Indian Medical Review
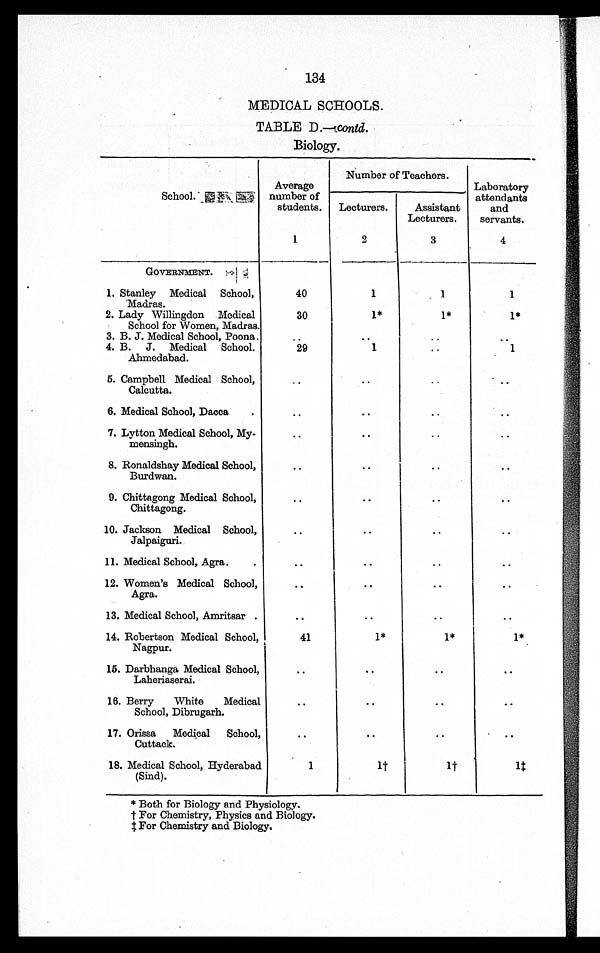
134
MEDICAL SCHOOLS.
TABLE D.— contd .
Biology.
School.
Average
number of
students.
Number of Teachers.
Laboratory
attendants
and
servants.
Lecturers.
Assistant
Lecturers.
1
2
3
4
GOVERNMENT.
1. Stanley Medical School,
Madras.
40
1
1
1
2. Lady Willingdon Medical
School for Women, Madras.
30
1*
1*
1*
3. B. J. Medical School, Poona. ..
..
..
..
4. B. J. Medical School.
Ahmedabad.
29
1
..
1
5. Campbell Medical School,
Calcutta.
..
..
..
..
6. Medical School, Dacca.
..
..
..
..
7. Lytton Medical School, My-
mensingh.
..
..
..
..
8. Ronaldshay Medical School,
Burdwan.
..
..
..
..
9. Chittagong Medical School,
Chittagong.
..
..
..
..
10. Jackson. Medical School,
Jalpaiguri.
..
..
..
..
11. Medical School, Agra.
.
..
..
..
..
12. Women's Medical School,
Agra.
..
..
..
..
13. Medical School, Amritsar .
..
..
..
..
14. Robertson Medical School,
Nagpur.
41
1*
1*
1*
15. Darbhanga Medical School,
Laheriaserai.
..
..
..
..
16. Berry
White
Medical
School, Dibrugarh.
..
..
..
..
17. Orissa Medical School,
Cuttack.
..
..
..
..
18. Medical School, Hyderabad
(Sind).
1
1 †
1 †
1 ‡
* Both for Biology and Physiology.
† F o r C h e m i s t r y , P h y s i c s a n d B i o l o g y .
‡ F o r C h e m i s t r y a n d B i o l o g y .